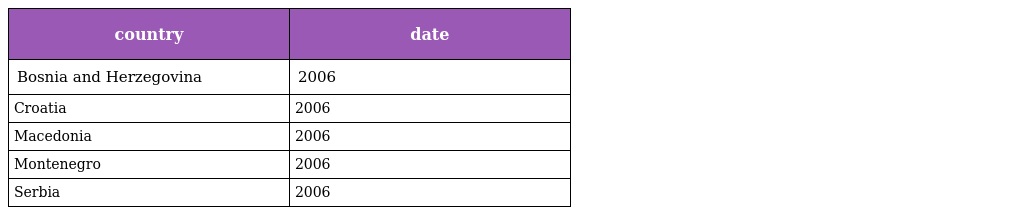
| country | date |
 | --- | --- |
 | Bosnia and Herzegovina | 2006 |
 | Croatia | 2006 |
 | Macedonia | 2006 |
 | Montenegro | 2006 |
 | Serbia | 2006 |